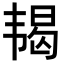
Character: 𬰵